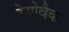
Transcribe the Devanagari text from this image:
रेयोवैक